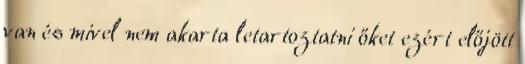
van és mivel nem akarta letartoztatni őket ezért előjött